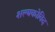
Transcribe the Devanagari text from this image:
शल्यकोविद